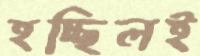
হচ্ছিলই